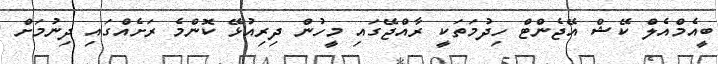
ބީއެމްއެލް ކޭޝް އޭޖެންޓް ހިދުމަތަކީ ރާއްޖޭގައި މީހުން ދިރިއުޅޭ ކޮންމެ ރަށެއްގައި ދިނުމަށް